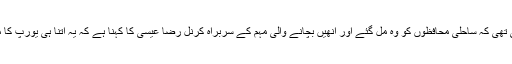
یہ محض خوش قسمتی تھی کہ ساحلی محافظوں کو وہ مل گئے اور انھیں بچانے والی مہم کے سربراہ کرنل رضا عیسیٰ کا کہنا ہے کہ یہ اتنا ہی یورپ کا مسئلہ ہے جتنا لیبیا کا۔